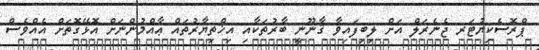
ޕްރޮސެކިޔުޓަރ ޖެނެރަލް އަށް ލިބިފައިވާ ޤާނޫނީ ބާރުތަކާއި އިޚްތިޔާރުތައް ޢާއްމުންނަށް އޮޅޭގޮތަށް އެއްވެސް